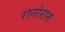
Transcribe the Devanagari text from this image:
रानोरान